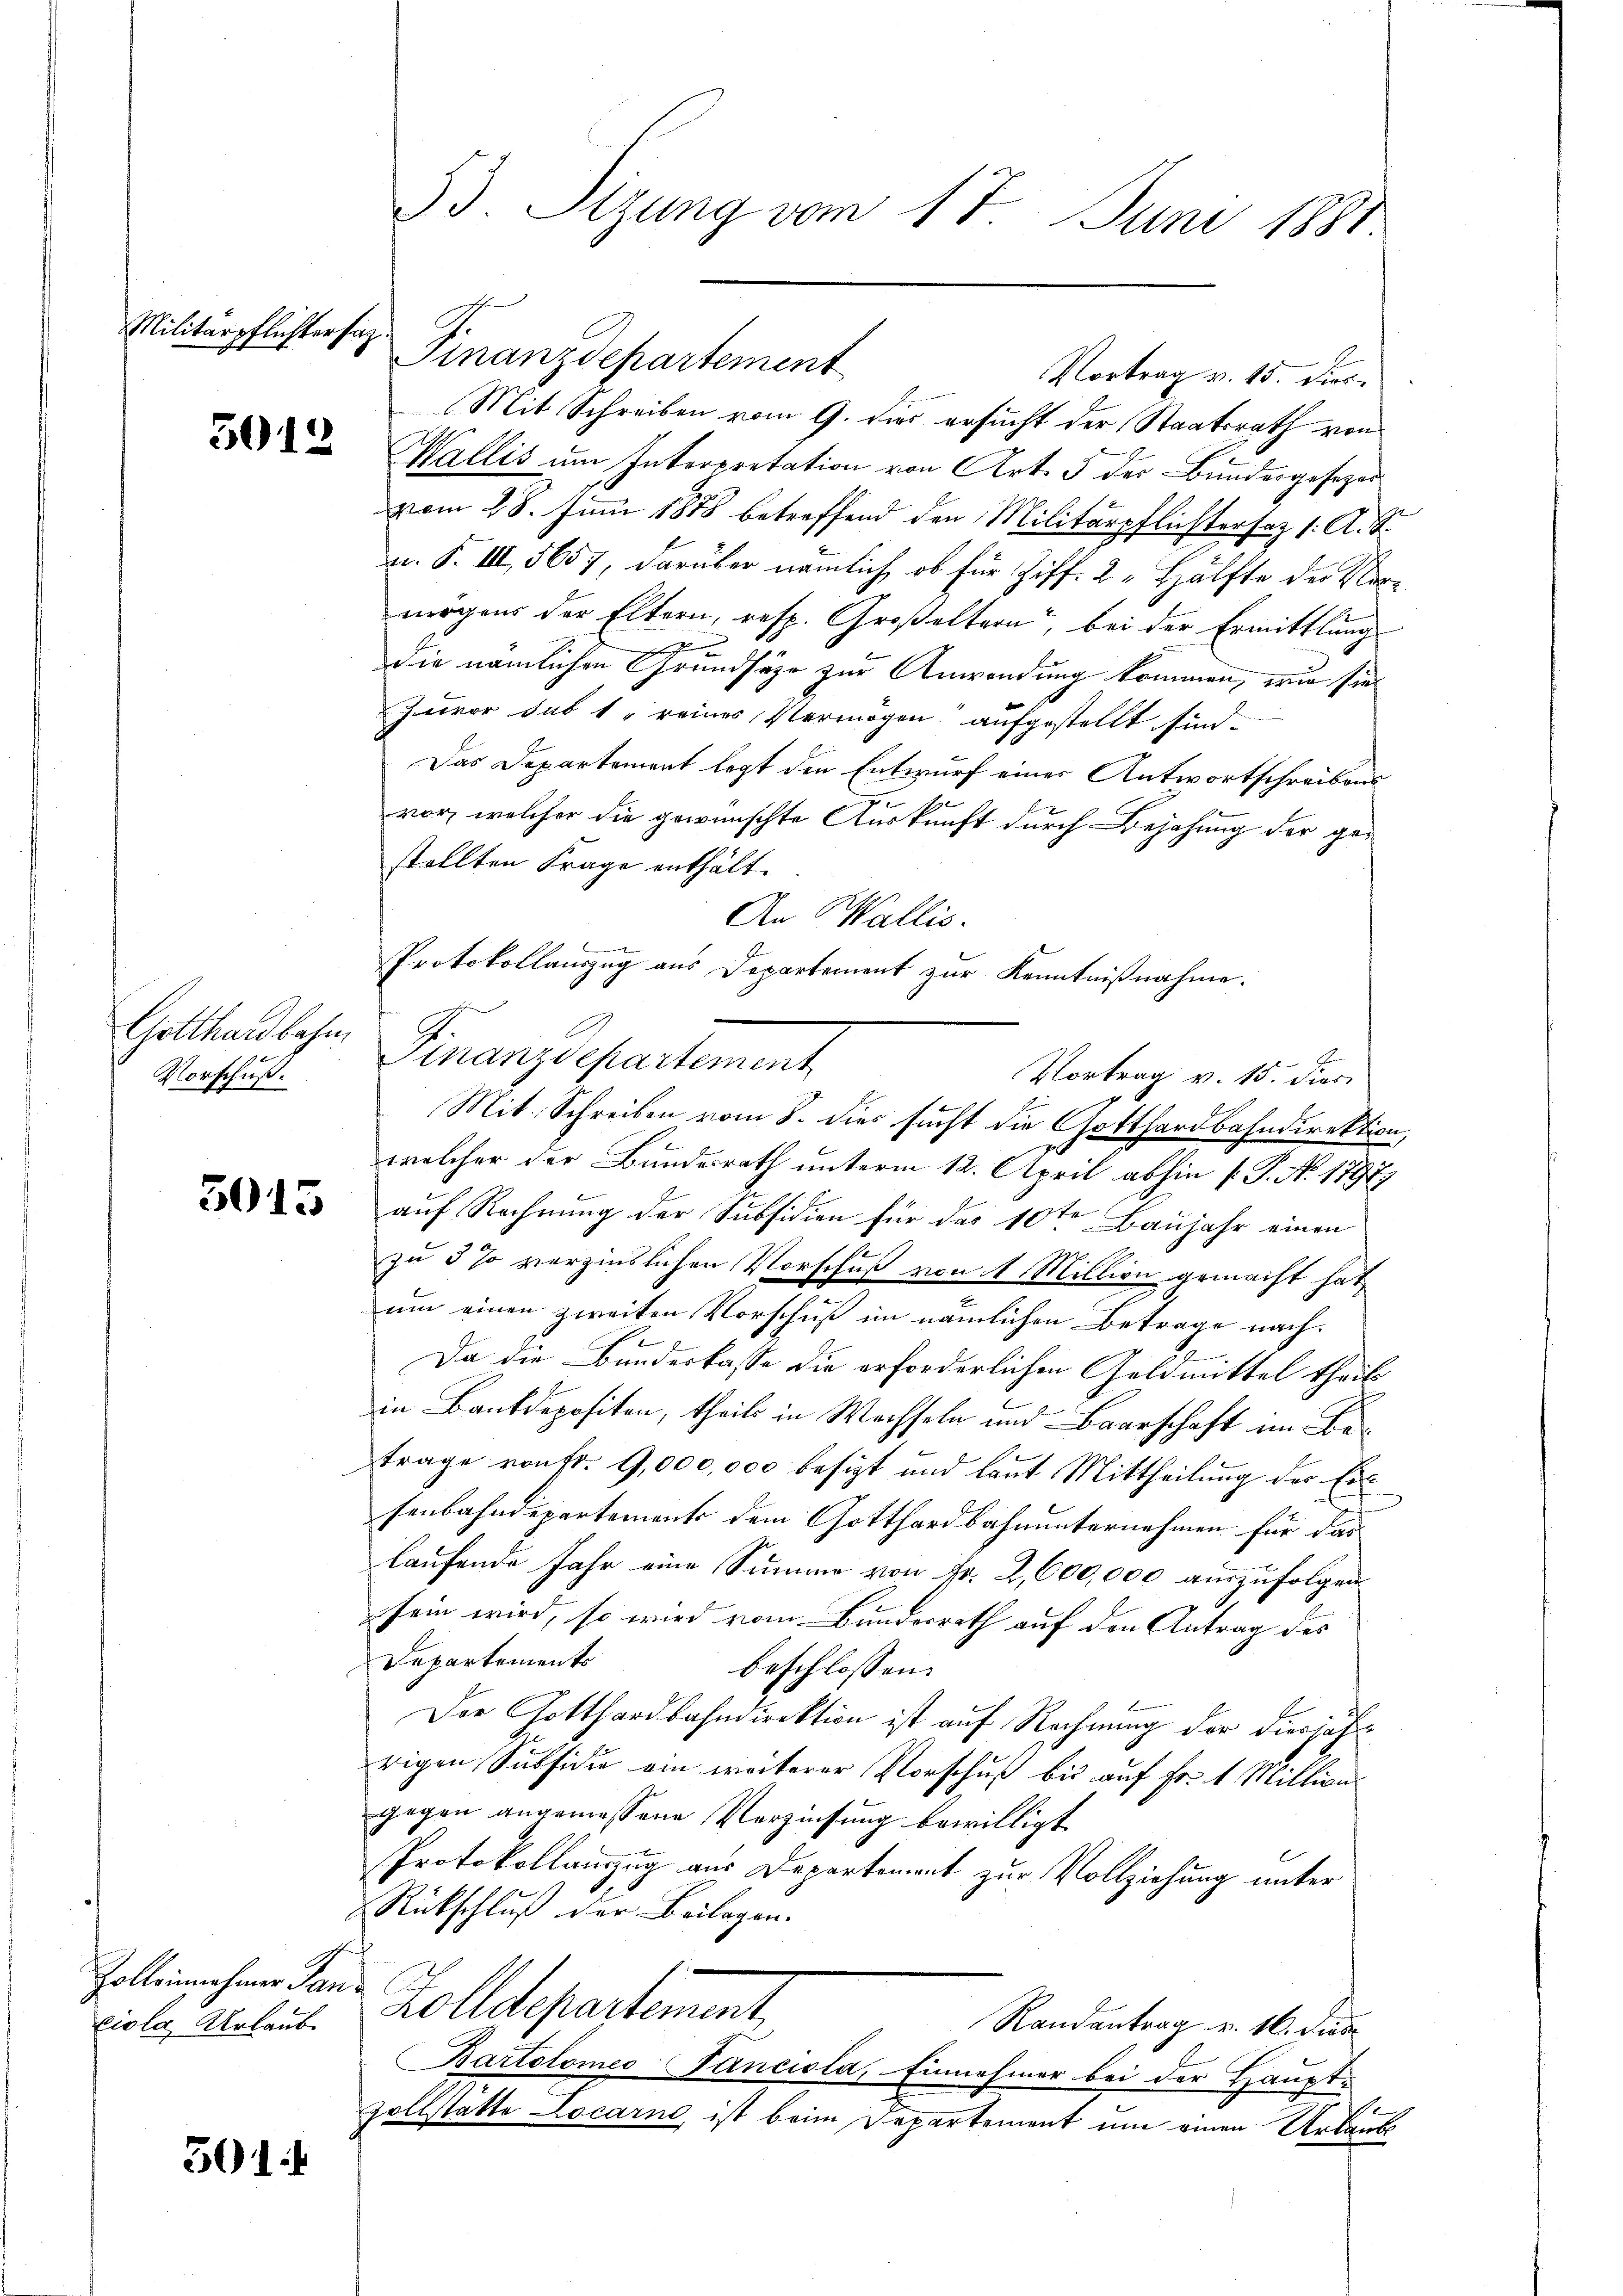
Militärpflichter sag

5012

Gotthardbahn
Vorschuß.

3015

Zolleinnahmer Tan
ciola Urlaub

501

33. Sitzung vom 17. Juni 1881

Finanzdepartement
Mit Schreiben vom 9. dies ersucht der Staatsrath von
Wallis um Interpretation von Art. 5 der Bundesgesezesvom 28. Juni 1888 betreffend den Militärpflichtersaz /: A. S.
rn. F. III, 5657, darüber nämlich, ob für Ziff. 2. Hälfte der Vermögens der Eltern, resp. Großeltern, bei der Ermittlung
|
die nämlichen Grundsäze zur Anwendung kommen, wie sie
Zuvor sub 1 " reines Vermögen aufgestellt sind.
Das Departement legt den Entwurf eines Antwortschreibens
vor, welcher die gewünschte Auskunft durch Bejahung der gestellten Frage enthält.
An Wallis.
Finanzdepartement
Be
Mit. Schreiben vom 8. dies sucht die Gotthardbahndirektion,
welcher der Bundesrath unterm 12. April abhin (: P. No. 1797.
auf Rechnung der Subsidien für das 10ten Baujahr einen
zu 5 % verzinslichen Vorschuß von 1 Million gemacht hat,
um einen zweiten Vorschuß im nämlichen Betrage nach¬
2
Da die Bundeskasse die erforderlichen Geldmittel theil
in Bankdepositen, theils in Wechseln und Baarschaft im Betrage von fr. 9,000,000 besizt und laut Mittheilung des Ein
fenbahndepartements dem Gotthardbahnunternehmen für das
laufende Jahr eine Summe von Fr. 2, 600,000 auszufolgen
sein wird, so wird vom Bundesrath auf den Antrag des
Departements
beschlossen:
Der Gotthardbahndirektion ist auf Rechnung der diesjähr
rigen Subsidie am weiterer Vorschuß bis auf Fr. 1 Million
gegen angemessene Verzinsung bewilligt
Protokollanzzug aus Departement zur Vollziehung unter
Rückschluß der Beilagen.
Zolldepartement,
Randantrag v. 16. dies
Bartolomeo Fanciola, Einnehmer bei der Haupt-
zollstätte Locarno, ist beim Departement um einen Urlaubs

Vortrag v. 15. Dies

Protokollauszug aus Departement zur Kenntnißnahme.
Vortrag v. 15. dies